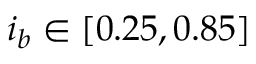
i _ { b } \in [ 0 . 2 5 , 0 . 8 5 ]